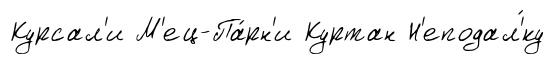
Курсал'и М'ец-Па́рн'и Куртан Н'еподал'́ку